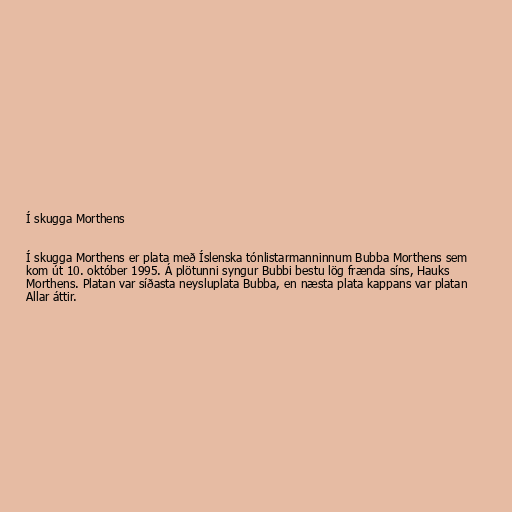
Í skugga Morthens

Í skugga Morthens er plata með Íslenska tónlistarmanninnum Bubba Morthens sem
kom út 10. október 1995. Á plötunni syngur Bubbi bestu lög frænda síns, Hauks
Morthens. Platan var síðasta neysluplata Bubba, en næsta plata kappans var platan
Allar áttir.